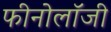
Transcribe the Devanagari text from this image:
फीनोलॉजी